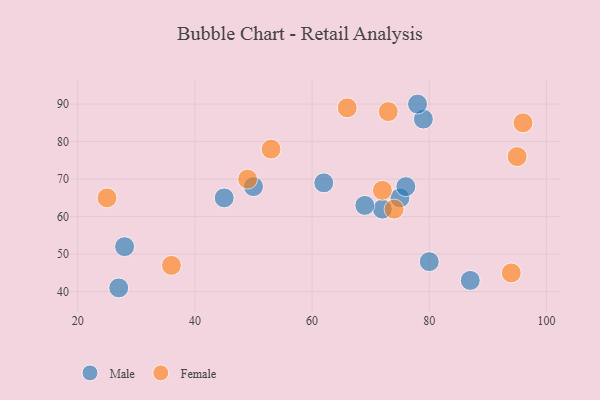
{"axis": {"x": "GDP", "y": "Life Expectancy"}, "legend": ["Female", "Male"], "data": [{"x": "62", "y": 69, "type": "Male"}, {"x": "72", "y": 62, "type": "Male"}, {"x": "50", "y": 68, "type": "Male"}, {"x": "80", "y": 48, "type": "Male"}, {"x": "75", "y": 65, "type": "Male"}, {"x": "76", "y": 68, "type": "Male"}, {"x": "45", "y": 65, "type": "Male"}, {"x": "27", "y": 41, "type": "Male"}, {"x": "28", "y": 52, "type": "Male"}, {"x": "87", "y": 43, "type": "Male"}, {"x": "79", "y": 86, "type": "Male"}, {"x": "69", "y": 63, "type": "Male"}, {"x": "78", "y": 90, "type": "Male"}, {"x": "72", "y": 67, "type": "Female"}, {"x": "73", "y": 88, "type": "Female"}, {"x": "53", "y": 78, "type": "Female"}, {"x": "95", "y": 76, "type": "Female"}, {"x": "36", "y": 47, "type": "Female"}, {"x": "96", "y": 85, "type": "Female"}, {"x": "66", "y": 89, "type": "Female"}, {"x": "49", "y": 70, "type": "Female"}, {"x": "25", "y": 65, "type": "Female"}, {"x": "74", "y": 62, "type": "Female"}, {"x": "94", "y": 45, "type": "Female"}]}